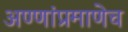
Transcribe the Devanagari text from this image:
अण्णांप्रमाणेच